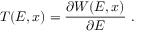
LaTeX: T ( E , x ) = { \frac { \partial W ( E , x ) } { \partial E } } \ .